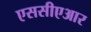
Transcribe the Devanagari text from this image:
एससीएआर